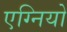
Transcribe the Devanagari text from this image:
एग्नियो